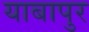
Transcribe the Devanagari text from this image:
याबापुर